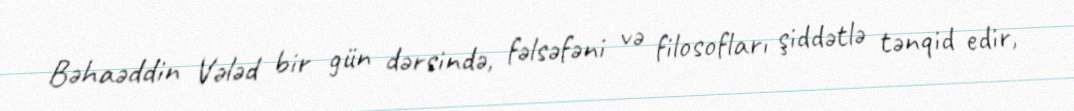
Bəhaəddin Vələd bir gün dərsində, fəlsəfəni və filosofları şiddətlə tənqid edir,